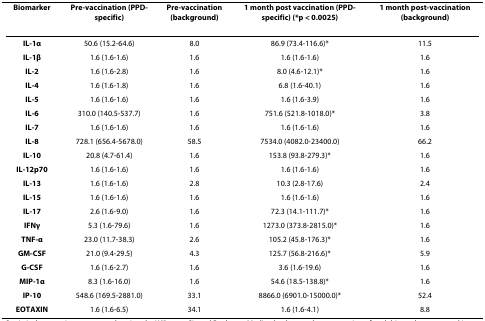
<table><thead><tr><td><b>Biomarker</b></td><td><b>Pre-vaccination (PPD-specific)</b></td><td><b>Pre-vaccination (background)</b></td><td><b>1 month post vaccination (PPD-specific) (*p &lt; 0.0025)</b></td><td><b>1 month post-vaccination (background)</b></td></tr></thead><tbody><tr><td><b>IL-1α</b></td><td>50.6 (15.2-64.6)</td><td>8.0</td><td>86.9 (73.4-116.6)*</td><td>11.5</td></tr><tr><td><b>IL-1β</b></td><td>1.6 (1.6-1.6)</td><td>1.6</td><td>1.6 (1.6-1.6)</td><td>1.6</td></tr><tr><td><b>IL-2</b></td><td>1.6 (1.6-2.8)</td><td>1.6</td><td>8.0 (4.6-12.1)*</td><td>1.6</td></tr><tr><td><b>IL-4</b></td><td>1.6 (1.6-1.8)</td><td>1.6</td><td>6.8 (1.6-40.1)</td><td>1.6</td></tr><tr><td><b>IL-5</b></td><td>1.6 (1.6-1.6)</td><td>1.6</td><td>1.6 (1.6-3.9)</td><td>1.6</td></tr><tr><td><b>IL-6</b></td><td>310.0 (140.5-537.7)</td><td>1.6</td><td>751.6 (521.8-1018.0)*</td><td>3.8</td></tr><tr><td><b>IL-7</b></td><td>1.6 (1.6-1.6)</td><td>1.6</td><td>1.6 (1.6-1.6)</td><td>1.6</td></tr><tr><td><b>IL-8</b></td><td>728.1 (656.4-5678.0)</td><td>58.5</td><td>7534.0 (4082.0-23400.0)</td><td>66.2</td></tr><tr><td><b>IL-10</b></td><td>20.8 (4.7-61.4)</td><td>1.6</td><td>153.8 (93.8-279.3)*</td><td>1.6</td></tr><tr><td><b>IL-12p70</b></td><td>1.6 (1.6-1.6)</td><td>1.6</td><td>1.6 (1.6-1.6)</td><td>1.6</td></tr><tr><td><b>IL-13</b></td><td>1.6 (1.6-1.6)</td><td>2.8</td><td>10.3 (2.8-17.6)</td><td>2.4</td></tr><tr><td><b>IL-15</b></td><td>1.6 (1.6-1.6)</td><td>1.6</td><td>1.6 (1.6-1.6)</td><td>1.6</td></tr><tr><td><b>IL-17</b></td><td>2.6 (1.6-9.0)</td><td>1.6</td><td>72.3 (14.1-111.7)*</td><td>1.6</td></tr><tr><td><b>IFNγ</b></td><td>5.3 (1.6-79.6)</td><td>1.6</td><td>1273.0 (373.8-2815.0)*</td><td>1.6</td></tr><tr><td><b>TNF-α</b></td><td>23.0 (11.7-38.3)</td><td>2.6</td><td>105.2 (45.8-176.3)*</td><td>1.6</td></tr><tr><td><b>GM-CSF</b></td><td>21.0 (9.4-29.5)</td><td>4.3</td><td>125.7 (56.8-216.6)*</td><td>5.9</td></tr><tr><td><b>G-CSF</b></td><td>1.6 (1.6-2.7)</td><td>1.6</td><td>3.6 (1.6-19.6)</td><td>1.6</td></tr><tr><td><b>MIP-1α</b></td><td>8.3 (1.6-16.0)</td><td>1.6</td><td>54.6 (18.5-138.8)*</td><td>1.6</td></tr><tr><td><b>IP-10</b></td><td>548.6 (169.5-2881.0)</td><td>33.1</td><td>8866.0 (6901.0-15000.0)*</td><td>52.4</td></tr><tr><td><b>EOTAXIN</b></td><td>1.6 (1.6-6.5)</td><td>34.1</td><td>1.6 (1.6-4.1)</td><td>8.8</td></tr></tbody></table>